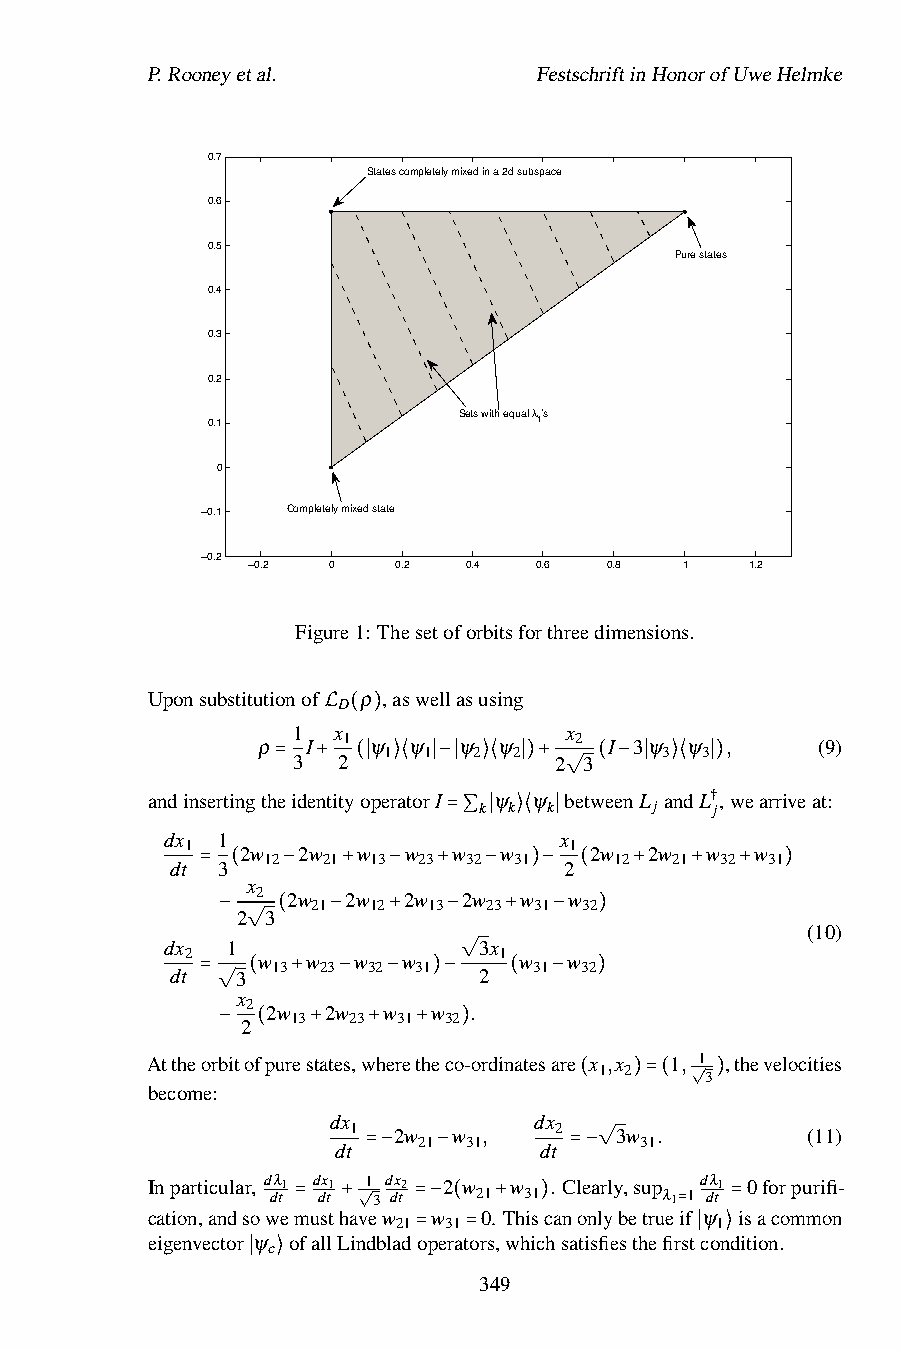
P.Rooneyetal.             FestschriftinHonorofUweHelmke
 0.7
 States completely mixed in a 2d subspace
 0.6
 0.5
 Pure states
 0.4
 0.3
 0.2
 Sets with equal λ’s
 0.1                  1
 0
 −0.1  Completely mixed state
 −0.2
 −0.2  0   0.2  0.4 0.6  0.8  1    1.2
 Figure1: Thesetoforbitsforthreedimensions.
 Uponsubstitutionof ρ ,aswellasusing
 D
 1  x              x
 ρ  I L1( ψ) ψ ψ ψ    2 I 3ψ ψ  ,     (9)
 1  1  2  2         3 3
 3  2              2 3
 andinsertingth= eide+ ntity( o∣ per⟩ a⟨ tor∣ I−∣ ⟩⟨
 ψ
 ∣) ψ+ b√ etw( ee− nL∣ a⟩ n⟨ dL∣†)
 ,wearriveat:
 k k k      j   j
 dx 1                      x
 1   2w  2w  w  w  =w∑ ∣ w⟩⟨ ∣ 1 2w 2w w w
 12  21  13 23 32 31     12 21  32 31
 dt 3                      2
 x
 = ( 2 −2w +2w −2w + 2w− w)− w( + +  +  )
 21 12  13  23 31 32
 2 3
 (10)
 dx  −1 √ ( −   +   − 3x + −  )
 2    w  w  w   w     1 w  w
 13 23 32 31      31 32
 dt   3              √2
 x
 = √ 2( 2w+ 2w− w− w)− . ( − )
 13  23 31 32
 2
 Attheorb−itof(pures+tates,w+here+theco)-ordinatesare x ,x 1, 1 ,thevelocities
 1 2
 3
 become:
 √
 (   )=(  )
 dx           dx
 1  2w  w ,    2   3w .        (11)
 21 31         31
 dt            dt
 √
 Inparticular, dλ1 dx1 1=−dx2 −2 w w . C=le−arly,sup dλ1 0forpurifi-
 dt dt  3 dt  21  31       λ1 1 dt
 cation,andsowemusthav √ew
 21
 w
 31
 0. Thiscanonlybetrueif ψ
 1
 isacommon
 =  +   =− (  +  )        =  =
 eigenvector ψ ofallLindbladoperators,whichsatisfiesthefirstcondition.
 c
 =  =              ∣ ⟩
 ∣ ⟩             349